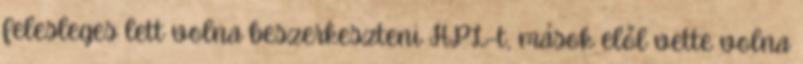
felesleges lett volna beszerkeszteni HPL-t, mások elől vette volna